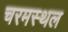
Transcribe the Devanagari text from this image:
चरमस्थल